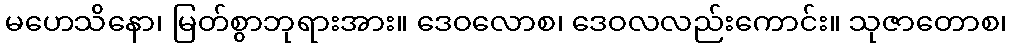
မဟေသိနော၊ မြတ်စွာဘုရားအား။ ဒေဝလောစ၊ ဒေဝလလည်းကောင်း။ သုဇာတောစ၊